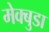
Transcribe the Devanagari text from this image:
मेक्बुडा